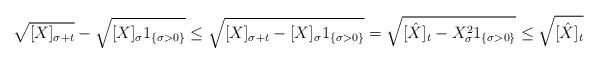
LaTeX: \begin{align*} \sqrt{[X]_{\sigma+t}}- \sqrt{[X]_{\sigma} 1_{\{\sigma>0 \}}} \leq \sqrt{[X]_{\sigma+t} - [X]_{\sigma}1_{\{\sigma>0 \}} } =\sqrt{[\hat{X}]_t - X_{\sigma}^2 1_{\{\sigma>0 \}}} \leq \sqrt{[\hat{X}]_t } \, \end{align*}